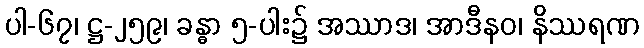
ပါ-၆၇၊ ဋ္ဌ-၂၅၉၊ ခန္ဓာ ၅-ပါး၌ အဿာဒ၊ အာဒီနဝ၊ နိဿရဏ